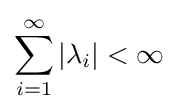
\sum _{i=1}^{\infty }|\lambda _{i}|<\infty